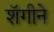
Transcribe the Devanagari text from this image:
शॅगीने